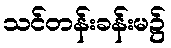
သင်တန်းခန်းမ၌